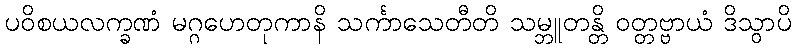
ပဝိစယလက္ခဏံ မဂ္ဂဟေတုကာနိ သင်္ကာသေတီတိ သမ္ဘူတန္တိ ဝတ္တဗ္ဗာယံ ဒိသွာပိ